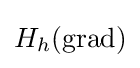
H_{h}(\operatorname {grad} )